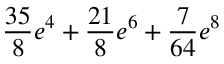
\frac { 3 5 } { 8 } e ^ { 4 } + \frac { 2 1 } { 8 } e ^ { 6 } + \frac { 7 } { 6 4 } e ^ { 8 }